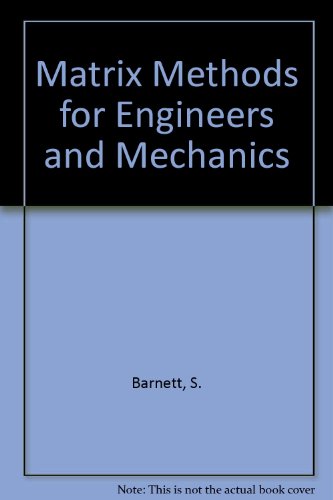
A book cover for Matrix Methods for Engineers and Scientists; S. Barnett; Science & Math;